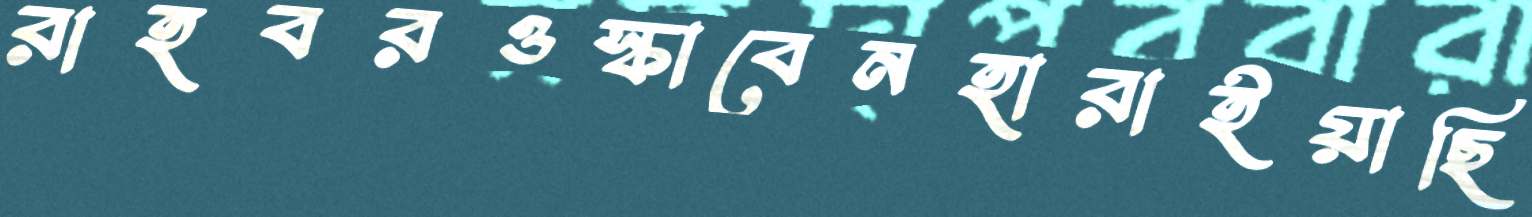
রাহবরওস্‌কাবেনহারাইয়াছি